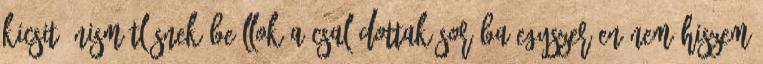
kicsit önismétlésnek Beállok a csalódottak sorába egyszerűen nem hiszem